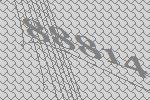
88814